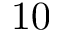
1 0